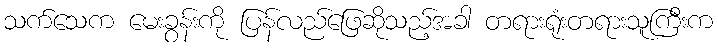
သက်သေက မေးခွန်းကို ပြန်လည်ဖြေဆိုသည့်အခါ တရားရုံးတရားသူကြီးက